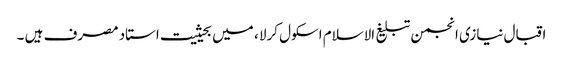
اقبال نیازی انجمن تبلیغ الاسلام اسکول کرلا ، میں بحیثیت استاد مصرف ہیں ۔